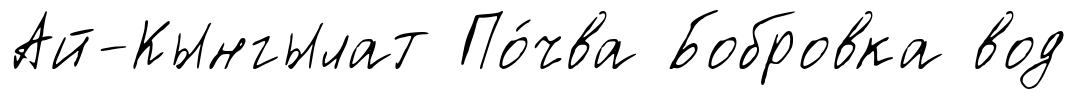
Ай-Кынгылат По́чва Бобровка вод